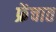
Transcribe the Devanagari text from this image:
फ्रेंचात